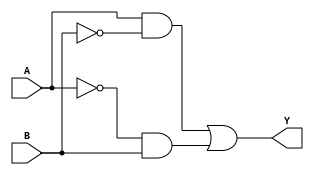
module xor_gate(
  input A,
  input B,
  output Y
);

wire not_A, not_B, A_and_not_B, not_A_and_B;

// Inverters
assign not_A = ~A;
assign not_B = ~B;

// AND gates
assign A_and_not_B = A & not_B;
assign not_A_and_B = not_A & B;

// XOR gate
assign Y = A_and_not_B | not_A_and_B;

endmodule